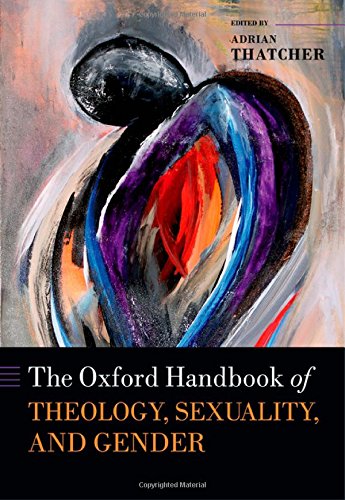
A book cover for The Oxford Handbook of Theology, Sexuality, and Gender (Oxford Handbooks in Religion and Theology); Religion & Spirituality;